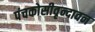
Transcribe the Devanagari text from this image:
पंचकोसीवृन्दावन